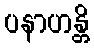
ပနာဟန္တိ